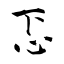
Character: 忑